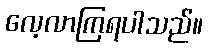
လေ့လာကြရပါသည်။